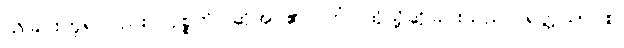
သိခြင်းဟူ၍လည်း။ ဝုစ္စတိ၊ ဆိုအပ်၏။ တံ၊ ထိုသို့ဆိုခြင်းသည်။ ရတ္တိယာ စ၊